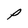
Character: P